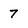
Character: 7